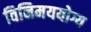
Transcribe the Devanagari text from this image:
विनिमययोग्य